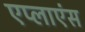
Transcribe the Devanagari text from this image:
एप्लाएंस